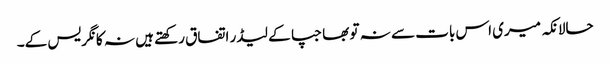
حالانکہ میری اس بات سے نہ تو بھاجپا کے لیڈر اتفاق رکھتے ہیں نہ کانگریس کے۔